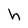
Character: h